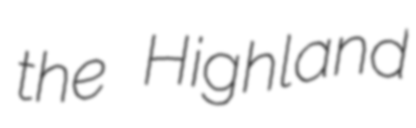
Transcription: the Highland